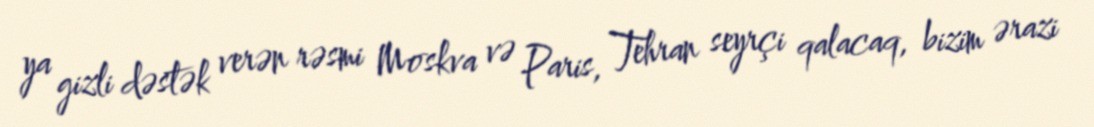
ya gizli dəstək verən rəsmi Moskva və Paris, Tehran seyrçi qalacaq, bizim ərazi